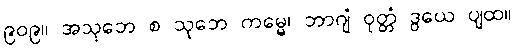
၉၀၉။ အသုဘေ စ သုဘေ ကမ္မေ၊ ဘာဂျံ ဝုတ္တံ ဒွယေ ပျထ။